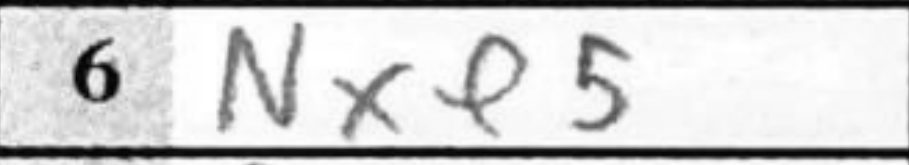
Transcription: Nxe5